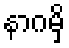
နာဂမှိ